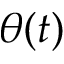
\theta ( t )